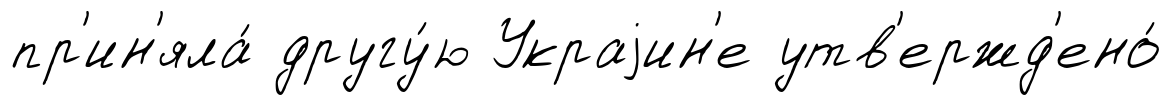
пр'ин'яла́ другу́ю Украjин'е утв'ержд'ено́